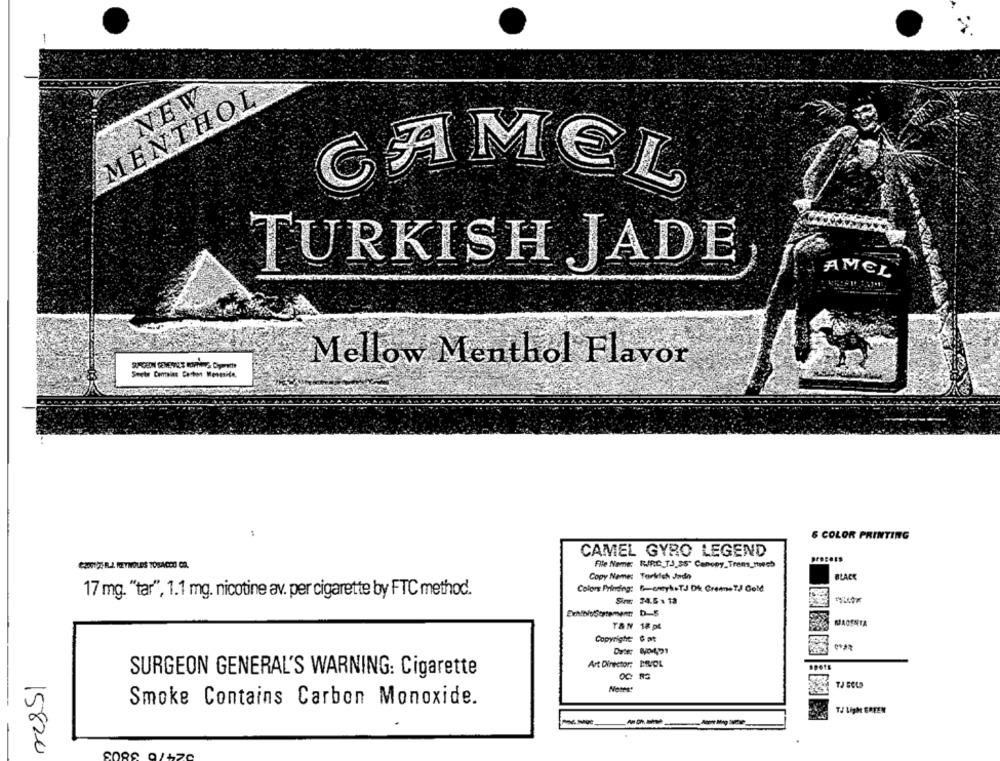
MENTHOL
NEW
AMEL
ARA
TURKISH JADE
AMEL
Mellow Menthol Flavor
6 COLOR PRINTING
CAMEL GYRO LEGEND
File Name: RARC_TJ.35" Canopy_Trens_1wech
Copy Name: Torkich Jado
BLACK
17 mg. "tar", 1.1 mg. nicotine av. per cigarette by FTC method.
Colore Prinding: - entyk.TJ Di Cremne?J Gold
Sin 34.6 x 13
MAGENTA
T&N 18 pl
Copyright & pt
Date: 40-471
Art Director: DEVOL
SURGEON GENERAL'S WARNING: Cigarette
TJ GOLD
Smoke Contains Carbon Monoxide.
T/ Light EREEN
15820